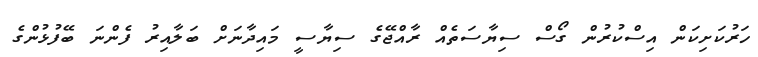
ހަރުކަށިކަން އިސްކުރުން ގޯސް ސިޔާސަތެއް ރާއްޖޭގެ ސިޔާސީ މައިދާނަށް ބަލާއިރު ފެންނަ ބޭފުޅުންގެ